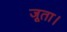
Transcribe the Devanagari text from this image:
जूता।